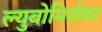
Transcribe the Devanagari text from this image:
ल्युबोमिर्सका